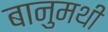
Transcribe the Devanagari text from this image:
बानुमथी